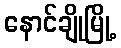
နောင်ချိုမြို့